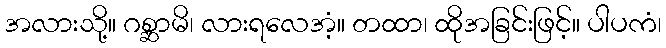
အလားသို့။ ဂစ္ဆာမိ၊ လားရလေအံ့။ တထာ၊ ထိုအခြင်းဖြင့်။ ပါပကံ၊